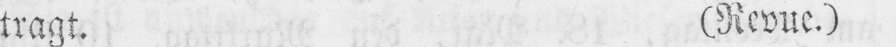
tragt. (Revue.)